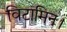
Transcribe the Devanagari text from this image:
विटामिन।